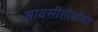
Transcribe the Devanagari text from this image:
आयसीसीसोबत